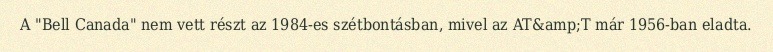
A "Bell Canada" nem vett részt az 1984-es szétbontásban, mivel az AT&amp;T már 1956-ban eladta.